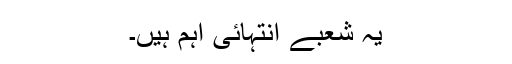
یہ شعبے انتہائی اہم ہیں۔